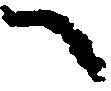
へ